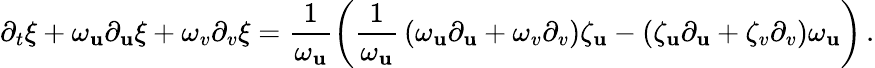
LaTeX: \partial_{t}\xi+\omega_{\mathbf{u}}\partial_{\mathbf{u}}\xi+\omega_{v}\partial_{v}\xi=\frac{{1}}{{\omega_{\mathbf{u}}}}\left(\vphantom{}{{\frac{{1}}{{\omega_{\mathbf{u}}}}}}\left(\omega_{\mathbf{u}}\partial_{\mathbf{u}}+\omega_{v}\partial_{v}\right)\zeta_{\mathbf{u}}-\left(\zeta_{\mathbf{u}}\partial_{\mathbf{u}}+\zeta_{v}\partial_{v}\right)\omega_{\mathbf{u}}\right)\, .